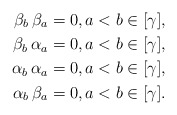
\begin{align*} \beta_b \, \beta_a & = 0, a < b \in [\gamma], \\ \beta_b \, \alpha_a & = 0, a < b \in [\gamma], \\ \alpha_b \, \alpha_a & = 0, a < b \in [\gamma], \\ \alpha_b \, \beta_a & = 0, a < b \in [\gamma]. \end{align*}